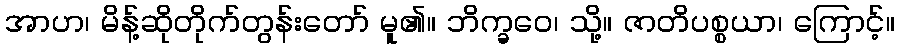
အာဟ၊ မိန့်ဆိုတိုက်တွန်းတော် မူ၏။ ဘိက္ခဝေ၊ သို့။ ဇာတိပစ္စယာ၊ ကြောင့်။